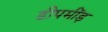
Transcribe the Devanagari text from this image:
डीपमींड़